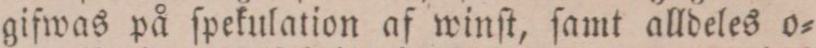
gifwas på ſpekulation af winſt, ſamt alldeles o=